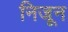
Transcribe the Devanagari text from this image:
निजून